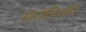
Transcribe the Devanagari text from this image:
स्कालिओने